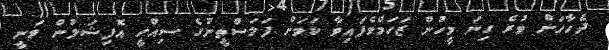
ދެހާހަށް ވުރެ ގިނަ މީހުން ޒަހަމްވެފައިވާ ކަމަށް ފަލަސްތީނުގެ ސިއްހީ އޮފިޝަލުން ވަނީ